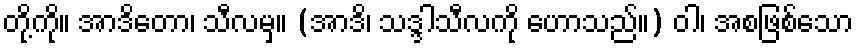
တို့ကို။ အာဒိတော၊ သီလမှ။ (အာဒိ၊ သဒ္ဒါသီလကို ဟောသည်။) ဝါ၊ အစဖြစ်သော